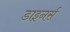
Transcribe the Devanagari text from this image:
डाइनर्स